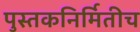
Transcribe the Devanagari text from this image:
पुस्तकनिर्मितीच